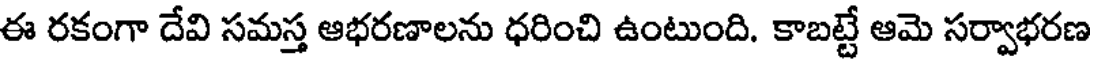
ఈ రకంగా దేవి సమస్త ఆభరణాలను ధరించి ఉంటుంది. కాబట్టే ఆమె సర్వాభరణ